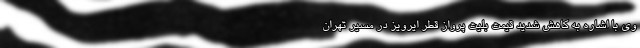
وی با اشاره به کاهش شدید قیمت بلیت پرواز قطر ایرویز در مسیر تهران